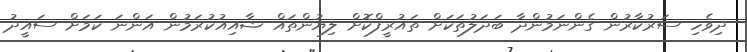
ދިވެހި ސަރުކާރުން ގެންނަމުންދާ ބަދަލުތަކަށް ތައުރީފްކޮށް ލިޔުންތައް ޝާއިއުކުރަމުން އަންނަ ކަމަށް ސައީދު